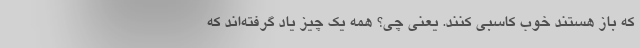
که باز هستند خوب کاسبی کنند. یعنی چی؟ همه یک چیز یاد گرفته‌اند که